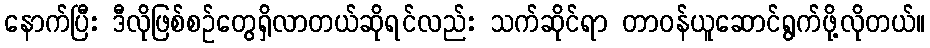
နောက်ပြီး ဒီလိုဖြစ်စဉ်တွေရှိလာတယ်ဆိုရင်လည်း သက်ဆိုင်ရာ တာဝန်ယူဆောင်ရွက်ဖို့လိုတယ်။